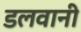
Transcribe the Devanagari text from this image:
डलवानी